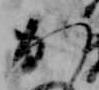
か